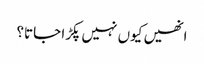
انھیں کیوں نہیں پکڑا جاتا؟